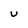
Character: U